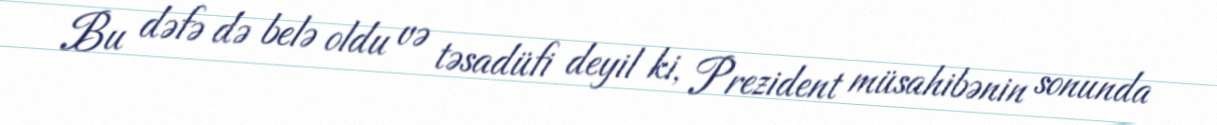
Bu dəfə də belə oldu və təsadüfi deyil ki, Prezident müsahibənin sonunda